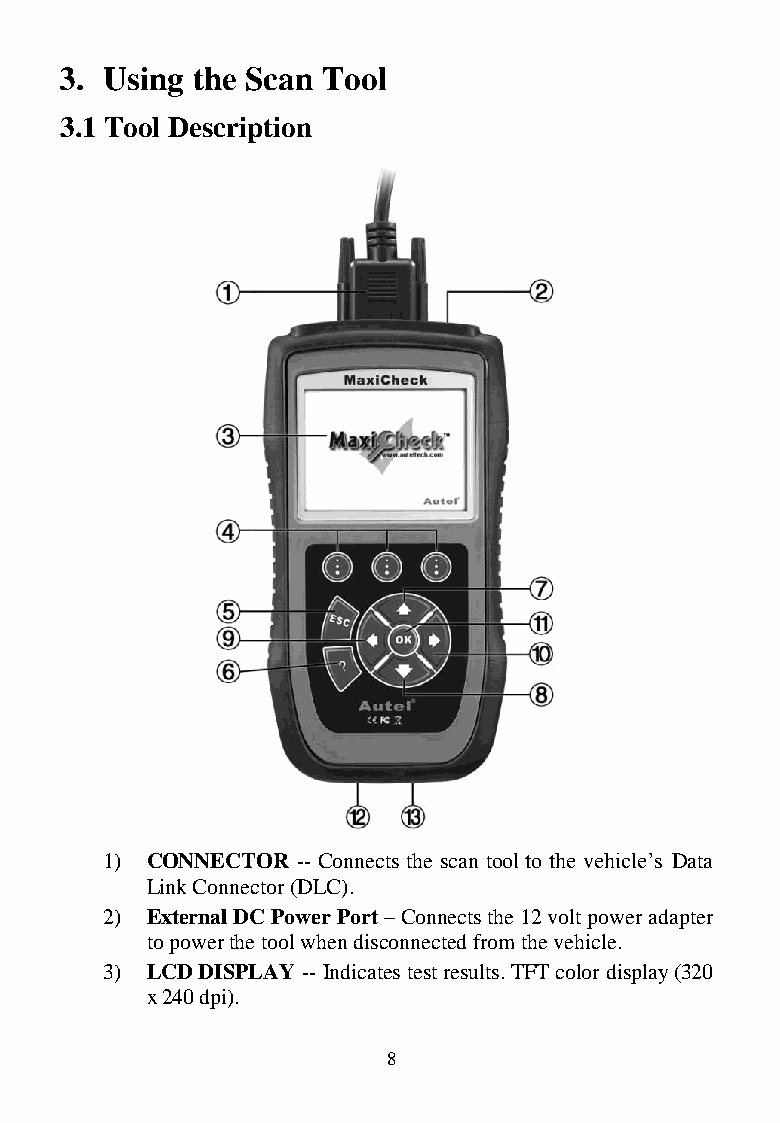
3. Using the Scan Tool
 3.1 Tool Description
 1) CONNECTOR -- Connects the scan tool to the vehicle’s Data
 Link Connector (DLC).
 2) External DC Power Port – Connects the 12 volt power adapter
 to power the tool when disconnected from the vehicle.
 3) LCD DISPLAY -- Indicates test results. TFT color display (320
 x 240 dpi).
 8